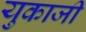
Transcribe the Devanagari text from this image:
युकाजी